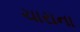
ચારાના